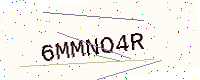
Text: 6MMNO4R